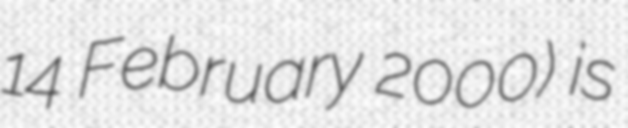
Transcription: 14 February 2000) is